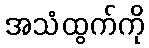
အသံထွက်ကို